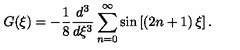
G ( \xi ) = - \frac { 1 } { 8 } \frac { d ^ { 3 } } { d \xi ^ { 3 } } \sum _ { n = 0 } ^ { \infty } \sin \left[ \left( 2 n + 1 \right) \xi \right] .